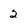
Character: 2